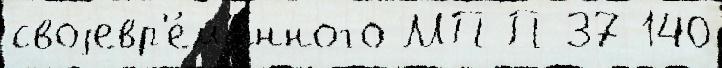
своjевр'е́м'енного МП П-37 140